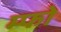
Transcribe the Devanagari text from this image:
म्फो